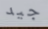
جيد